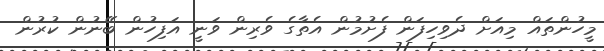
މީހުންތައް މިއަށް ދެވިހިފަން ފެށުމުން އެތާގެ ވެރިން ވަނީ އަފިހުން ބޭނުން ކުރުން